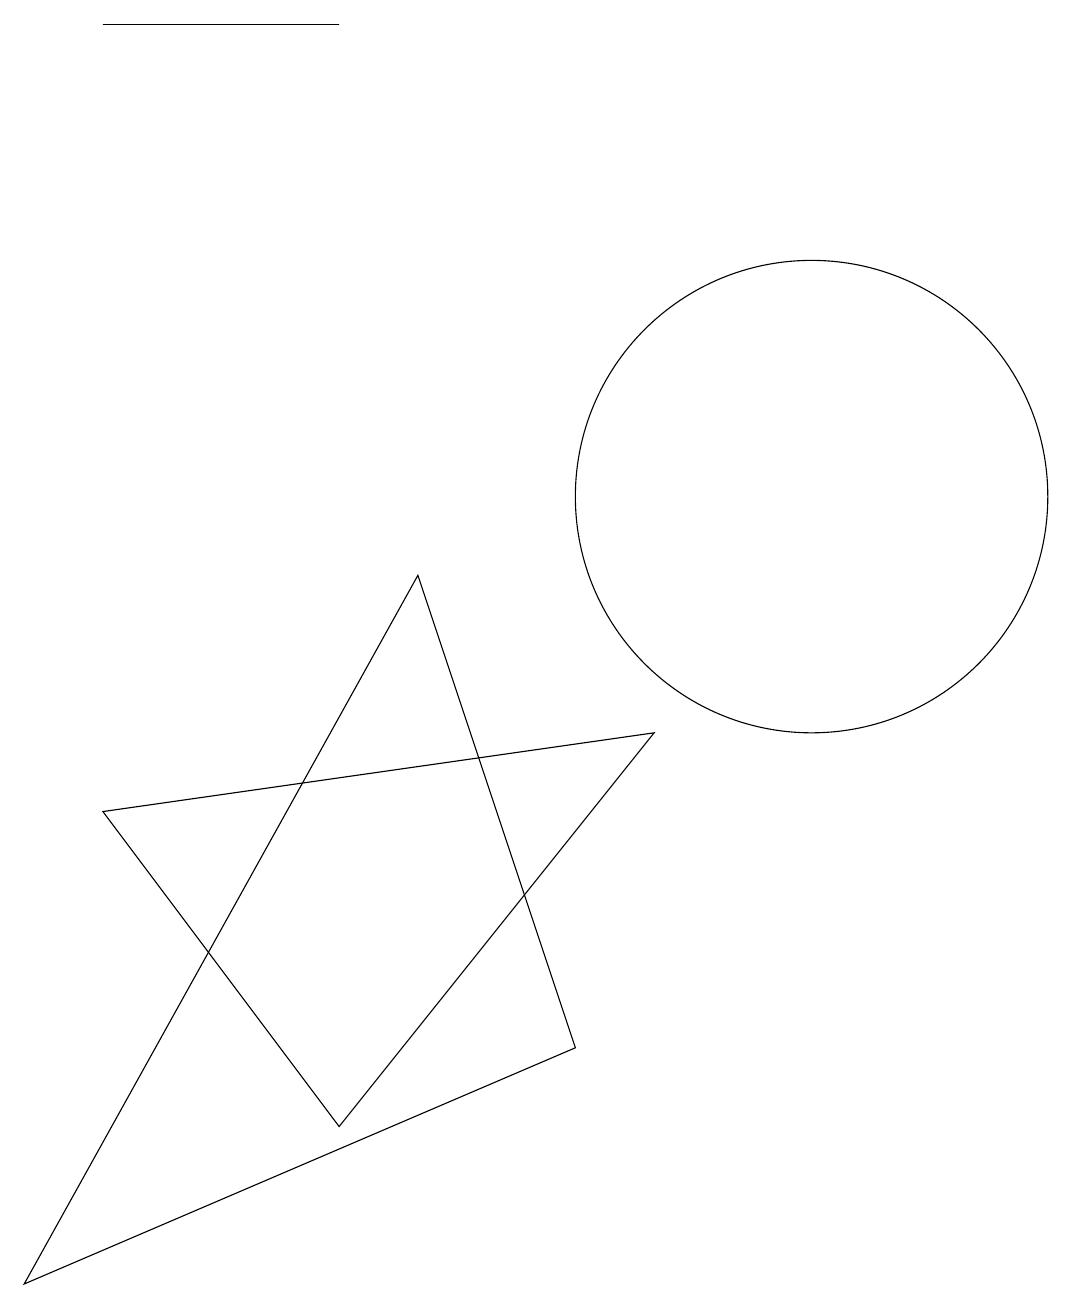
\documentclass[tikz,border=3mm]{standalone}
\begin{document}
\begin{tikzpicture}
\draw (10,12) circle (0);
\draw (11,10) circle (3);
\draw (9,7) -- (5,2) -- (2,6) -- cycle;
\draw (6,9) -- (8,3) -- (1,0) -- cycle;
\draw (5,16) rectangle (2,16);
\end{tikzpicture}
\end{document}